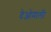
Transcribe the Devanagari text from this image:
देओमाली